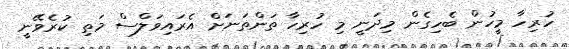
ހުރިހާ މީހުން ބެހިގެން މިދަނީ މި ހުރިހާ ތަންތަނަށް އެރައިވަލްސް މަތި ކުރެވޭނީ